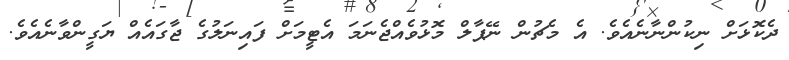
ދެކޮޅަށް ނިކުންނާނެއެވެ. އެ މެޗުން ނޭޕާލް މޮޅުވެއްޖެނަމަ އެޓީމަށް ފައިނަލުގެ ޖާގައެއް ޔަގީންވާނެއެވެ.